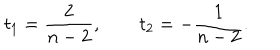
LaTeX: t _ { 1 } = { \frac { 2 } { n - 2 } } , \qquad t _ { 2 } = - { \frac { 1 } { n - 2 } } .